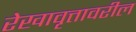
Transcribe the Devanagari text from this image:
रेखावृत्तावरील